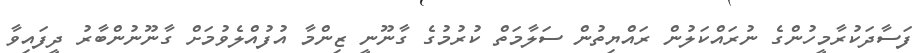
ފަސާދަކުރާމީހުންގެ ނުރައްކަލުން ރައްޔިތުން ސަލާމަތް ކުރުމުގެ ގާނޫނީ ޒިންމާ އުފުއްލެވުމަށް ގާނޫނުންބާރު ދީފައިވާ